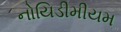
નોયિડીમીયમ